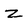
Character: z